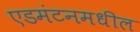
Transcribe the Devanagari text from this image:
एडमंटनमधील